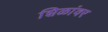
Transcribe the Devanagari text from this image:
शिळांवर